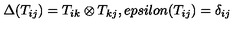
\Delta ( T _ { i j } ) = T _ { i k } \otimes T _ { k j } , e p s i l o n ( T _ { i j } ) = \delta _ { i j }